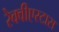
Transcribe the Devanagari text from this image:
रेक्वीएस्टास